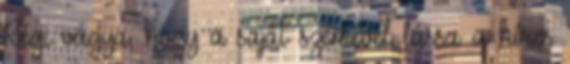
Régi vágya, hogy a saját szemével lássa a híres